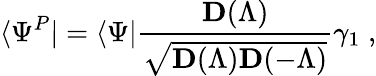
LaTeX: \langle\Psi^{P}|=\langle\Psi|\frac{{\mathbf D}(\Lambda)}{\sqrt{{\mathbf D}(\Lambda){\mathbf D}(-\Lambda)}}\gamma_{1}\; ,